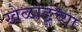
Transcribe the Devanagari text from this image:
खेळांडूंच्या